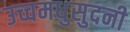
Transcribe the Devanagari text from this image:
उच्चमधुसुदनी